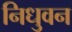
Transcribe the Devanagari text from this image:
निधुवन